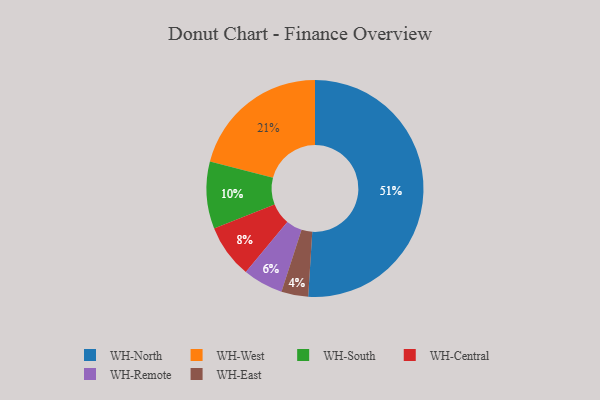
{"axis": {"x": "Category", "y": "Percentage"}, "legend": ["WH-Central", "WH-East", "WH-North", "WH-Remote", "WH-South", "WH-West"], "data": [{"x": "WH-North", "y": 51, "type": "WH-North"}, {"x": "WH-West", "y": 21, "type": "WH-West"}, {"x": "WH-Central", "y": 8, "type": "WH-Central"}, {"x": "WH-Remote", "y": 6, "type": "WH-Remote"}, {"x": "WH-South", "y": 10, "type": "WH-South"}, {"x": "WH-East", "y": 4, "type": "WH-East"}]}